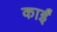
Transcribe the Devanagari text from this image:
काईं